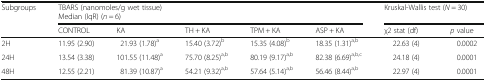
<table><thead><tr><td rowspan="2"><b>Subgroups</b></td><td colspan="5"><b>TBARS (nanomoles/g wet tissue)Median (IqR) (<i>n</i> = 6)</b></td><td colspan="2"><b>Kruskal-Wallis test (<i>N</i> = 30)</b></td></tr><tr><td><b>CONTROL</b></td><td><b>KA</b></td><td><b>TH + KA</b></td><td><b>TPM + KA</b></td><td><b>ASP + KA</b></td><td><b>χ2 stat (df)</b></td><td><b><i>p</i> value</b></td></tr></thead><tbody><tr><td>2H</td><td>11.95 (2.90)</td><td>21.93 (1.78)<sup>a</sup></td><td>15.40 (3.72)<sup>b</sup></td><td>15.35 (4.08)<sup>b</sup></td><td>18.35 (1.31)<sup>a,b</sup></td><td>22.63 (4)</td><td>0.0002</td></tr><tr><td>24H</td><td>13.54 (3.38)</td><td>101.55 (11.48)<sup>a</sup></td><td>75.70 (8.25)<sup>a,b</sup></td><td>80.19 (9.17)<sup>a,b</sup></td><td>82.38 (6.69)<sup>a,b,c</sup></td><td>24.18 (4)</td><td>0.0001</td></tr><tr><td>48H</td><td>12.55 (2.21)</td><td>81.39 (10.87)<sup>a</sup></td><td>54.21 (9.32)<sup>a,b</sup></td><td>57.64 (5.14)<sup>a,b</sup></td><td>56.46 (8.44)<sup>a,b</sup></td><td>22.97 (4)</td><td>0.0001</td></tr></tbody></table>